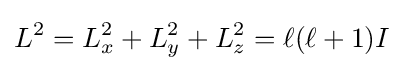
L^{2}=L_{x}^{2}+L_{y}^{2}+L_{z}^{2}=\ell (\ell +1)I